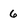
Character: 6